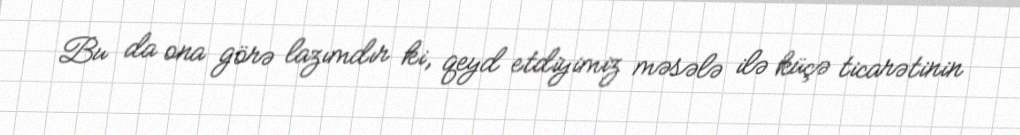
Bu da ona görə lazımdır ki, qeyd etdiyimiz məsələ ilə küçə ticarətinin